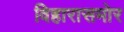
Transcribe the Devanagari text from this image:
विहारासमोर